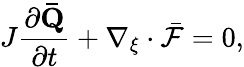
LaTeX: J\frac{\partial\mathbf{\bar{Q}}}{\partial t}+\nabla_{\xi}\cdot\bar{\mathcal{F}}=0,